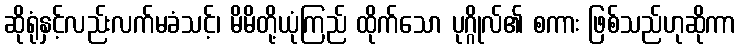
ဆိုရုံနှင့်လည်းလက်မခံသင့်၊ မိမိတို့ယုံကြည် ထိုက်သော ပုဂ္ဂိုလ်၏ စကား ဖြစ်သည်ဟုဆိုကာ